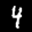
Label: 4